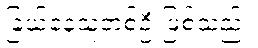
ခြယ်နေသူတစ်ဦးဖြစ်သည်။